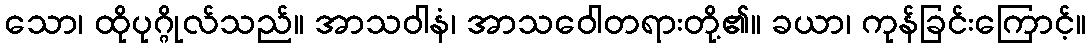
သော၊ ထိုပုဂ္ဂိုလ်သည်။ အာသဝါနံ၊ အာသဝေါတရားတို့၏။ ခယာ၊ ကုန်ခြင်းကြောင့်။